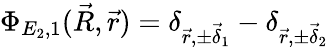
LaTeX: \Phi_{E_{2},1}(\vec{R},\vec{r})=\delta_{\vec{r},\pm\vec{\delta}_{1}}-\delta_{\vec{r},\pm\vec{\delta}_{2}}